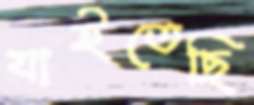
যাইতেছি